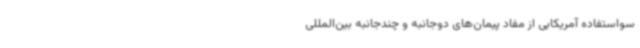
سواستفاده آمریکایی از مفاد پیمان‌های دوجانبه و چندجانبه بین‌المللی